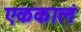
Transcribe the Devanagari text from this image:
एककालं